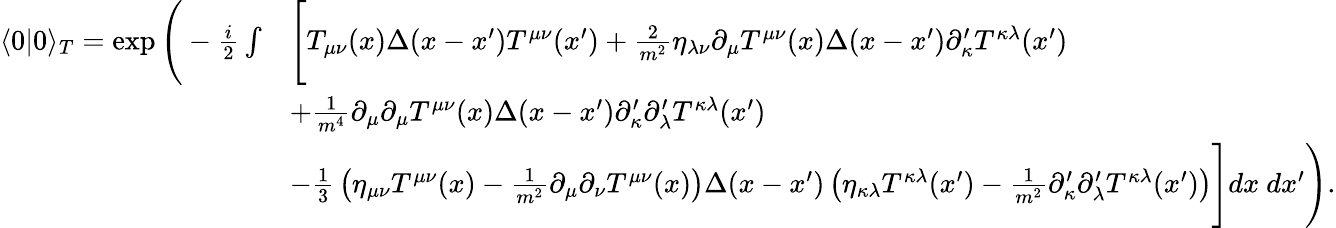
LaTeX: {\begin{array}{rl}{\langle 0|0\rangle_{T}=\exp{\Bigg(}-{\frac{i}{2}}\int}&{{\Bigg[}T_{\mu\nu}(x)\Delta(x-x^{\prime})T^{\mu\nu}(x^{\prime})+{\frac{2}{m^{2}}}\eta_{\lambda\nu}\partial_{\mu}T^{\mu\nu}(x)\Delta(x-x^{\prime})\partial_{\kappa}^{\prime}T^{\kappa\lambda}(x^{\prime})}\\ &{+{\frac{1}{m^{4}}}\partial_{\mu}\partial_{\mu}T^{\mu\nu}(x)\Delta(x-x^{\prime})\partial_{\kappa}^{\prime}\partial_{\lambda}^{\prime}T^{\kappa\lambda}(x^{\prime})}\\ &{-{\frac{1}{3}}\left(\eta_{\mu\nu}T^{\mu\nu}(x)-{\frac{1}{m^{2}}}\partial_{\mu}\partial_{\nu}T^{\mu\nu}(x)\right)\Delta(x-x^{\prime})\left(\eta_{\kappa\lambda}T^{\kappa\lambda}(x^{\prime})-{\frac{1}{m^{2}}}\partial_{\kappa}^{\prime}\partial_{\lambda}^{\prime}T^{\kappa\lambda}(x^{\prime})\right){\Bigg]}dx~dx^{\prime}{\Bigg)}.}\end{array}}